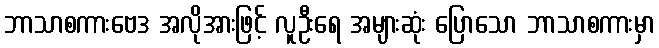
ဘာသာစကားဗေဒ အလိုအားဖြင့် လူဦးရေ အများဆုံး ပြောသော ဘာသာစကားမှာ